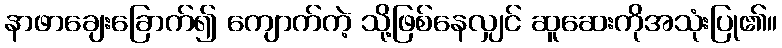
နာဖာချေးခြောက်၍ ကျောက်ကဲ့ သို့ဖြစ်နေလျှင် ဆူဆေးကိုအသုံးပြု၏။